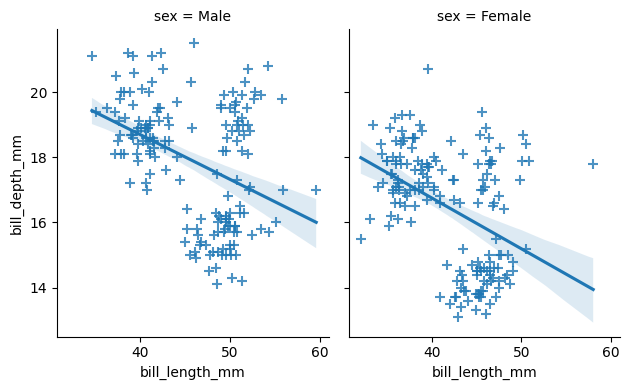
python, seaborn, lmplot, aspect=0.8, order=1, markers='+'